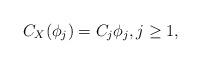
LaTeX: \begin{align*}C_{X}(\phi_{j})=C_{j}\phi_{j},j\geq 1, \end{align*}